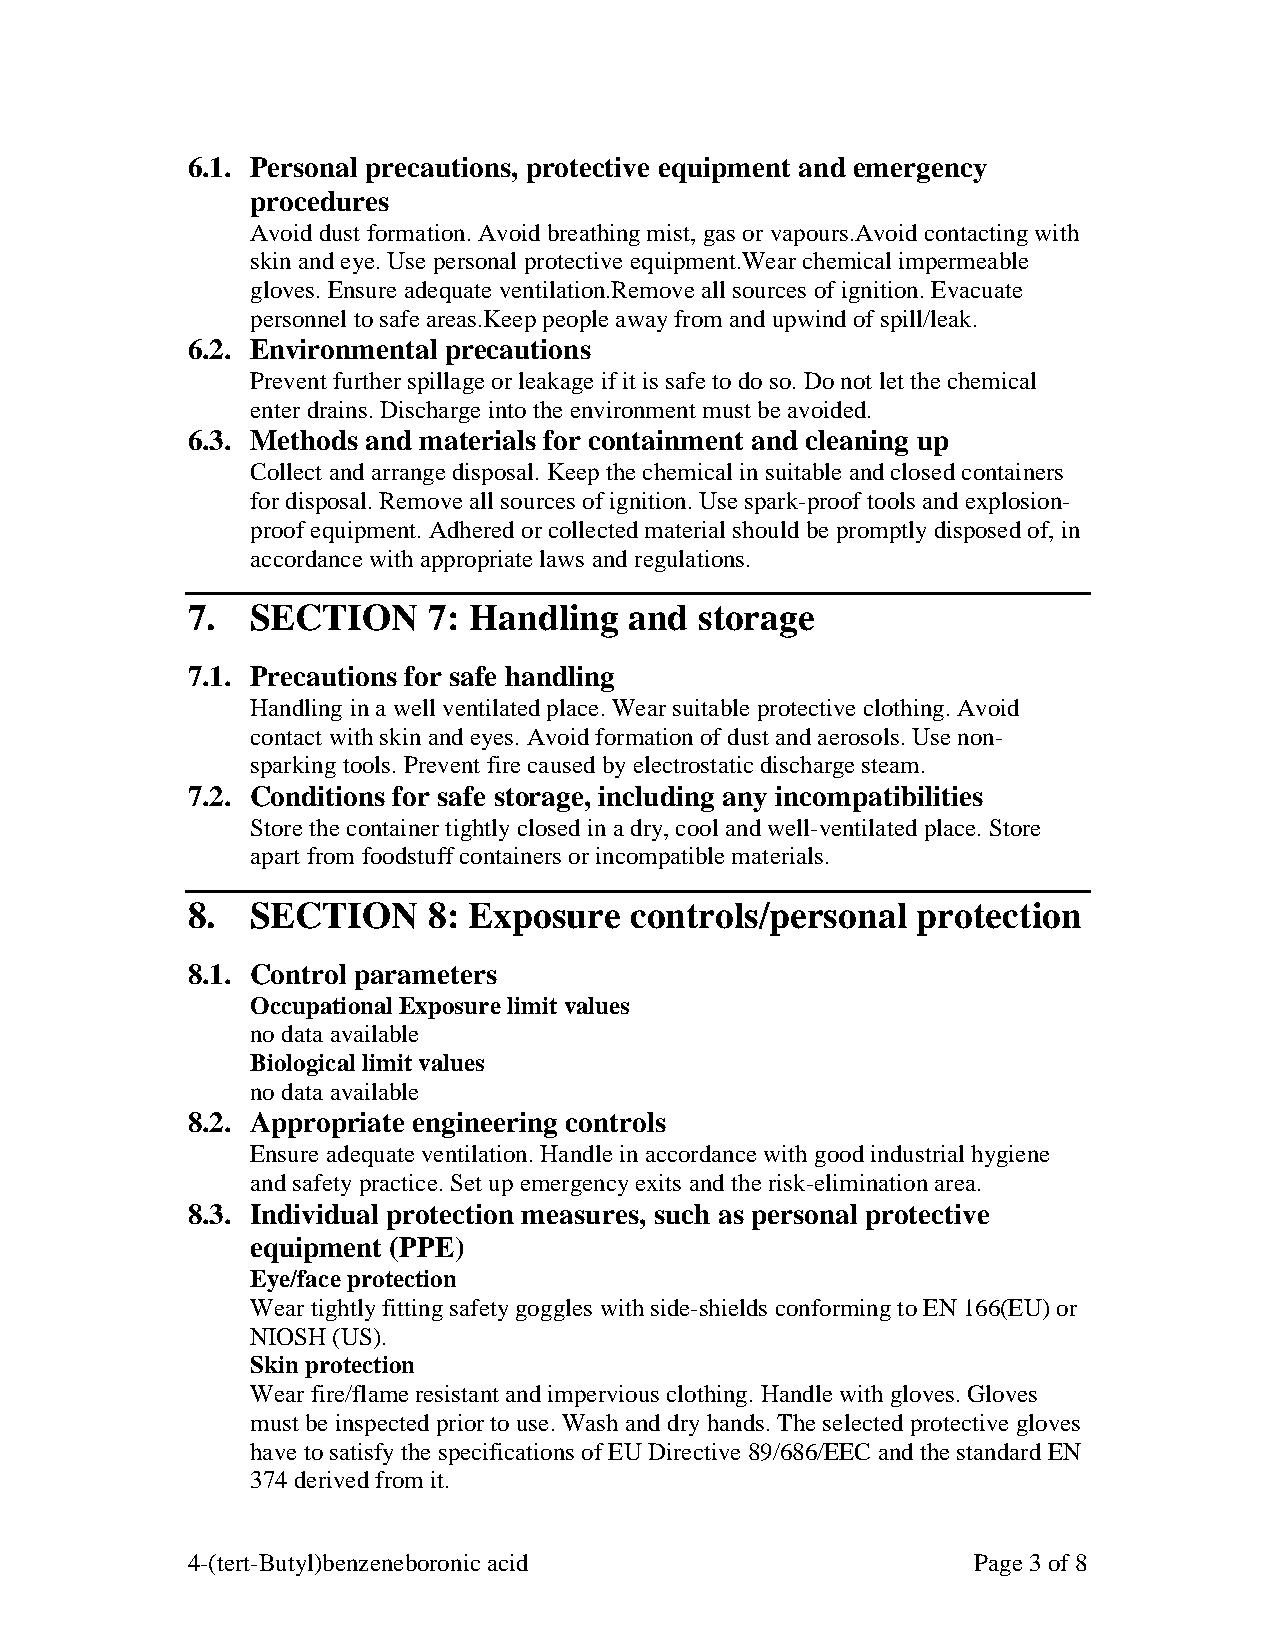
6.1. Personal precautions, protective equipment and emergency
 procedures
 Avoid dust formation. Avoid breathing mist, gas or vapours.Avoid contacting with
 skin and eye. Use personal protective equipment.Wear chemical impermeable
 gloves. Ensure adequate ventilation.Remove all sources of ignition. Evacuate
 personnel to safe areas.Keep people away from and upwind of spill/leak.
 6.2. Environmental precautions
 Prevent further spillage or leakage if it is safe to do so. Do not let the chemical
 enter drains. Discharge into the environment must be avoided.
 6.3. Methods and materials for containment and cleaning up
 Collect and arrange disposal. Keep the chemical in suitable and closed containers
 for disposal. Remove all sources of ignition. Use spark-proof tools and explosion-
 proof equipment. Adhered or collected material should be promptly disposed of, in
 accordance with appropriate laws and regulations.
 7.   SECTION    7: Handling   and storage
 7.1. Precautions for safe handling
 Handling in a well ventilated place. Wear suitable protective clothing. Avoid
 contact with skin and eyes. Avoid formation of dust and aerosols. Use non-
 sparking tools. Prevent fire caused by electrostatic discharge steam.
 7.2. Conditions for safe storage, including any incompatibilities
 Store the container tightly closed in a dry, cool and well-ventilated place. Store
 apart from foodstuff containers or incompatible materials.
 8.   SECTION    8: Exposure   controls/personal  protection
 8.1. Control parameters
 Occupational Exposure limit values
 no data available
 Biological limit values
 no data available
 8.2. Appropriate engineering controls
 Ensure adequate ventilation. Handle in accordance with good industrial hygiene
 and safety practice. Set up emergency exits and the risk-elimination area.
 8.3. Individual protection measures, such as personal protective
 equipment (PPE)
 Eye/face protection
 Wear tightly fitting safety goggles with side-shields conforming to EN 166(EU) or
 NIOSH (US).
 Skin protection
 Wear fire/flame resistant and impervious clothing. Handle with gloves. Gloves
 must be inspected prior to use. Wash and dry hands. The selected protective gloves
 have to satisfy the specifications of EU Directive 89/686/EEC and the standard EN
 374 derived from it.
 4-(tert-Butyl)benzeneboronic acid                   Page 3 of 8